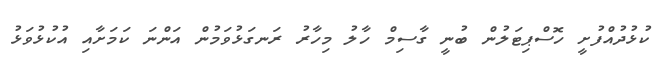
ކުޅުދުއްފުށީ ހޮސްޕިޓަލުން ބުނީ ގާސިމް ހާލު މިހާރު ރަނގަޅުވަމުން އަންނަ ކަމަށާއި އުކުޅުވަޅު